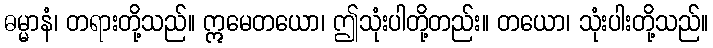
ဓမ္မာနံ၊ တရားတို့သည်။ ဣမေတယော၊ ဤသုံးပါတို့တည်း။ တယော၊ သုံးပါးတို့သည်။